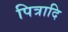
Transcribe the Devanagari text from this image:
पित्रादि